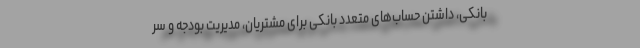
بانکی، داشتن حساب‌های متعدد بانکی برای مشتریان، مدیریت بودجه و سر